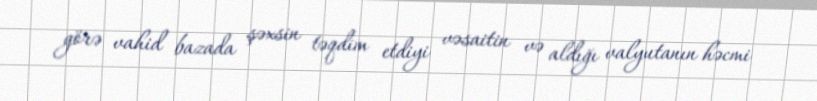
görə vahid bazada şəxsin təqdim etdiyi vəsaitin və aldığı valyutanın həcmi